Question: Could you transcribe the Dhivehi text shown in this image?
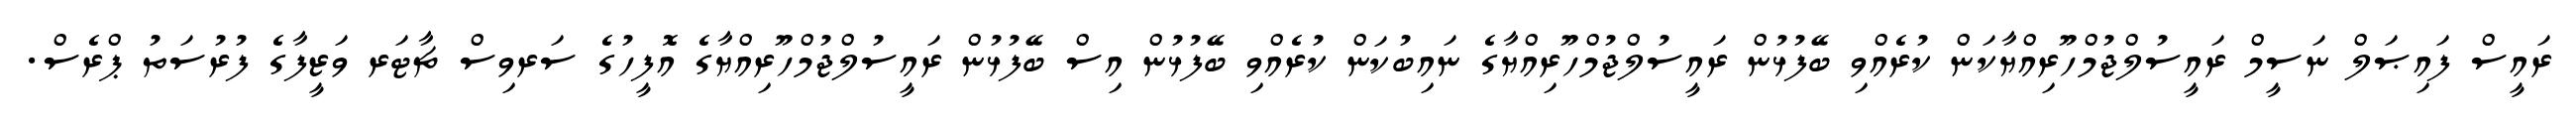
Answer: ރައީސް ފައިޞަލް ނަސީމް ރައީސުލްޖުމްހޫރިއްޔާކަން ކުރެއްވި ބޭފުޅުން ރައީސުލްޖުމްހޫރިއްޔާގެ ނައިބުކަން ކުރެއްވި ބޭފުޅުން އިސް ބޭފުޅުން ރައީސުލްޖުމްހޫރިއްޔާގެ އޮފީހުގެ ސަރވިސް ޗާޓަރ ވަޒީފާގެ ފުރުސަތު ޕްރެސް.